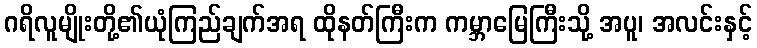
ဂရိလူမျိုးတို့၏ယုံကြည်ချက်အရ ထိုနတ်ကြီးက ကမ္ဘာမြေကြီးသို့ အပူ၊ အလင်းနှင့်